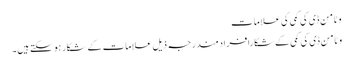
وٹامن ڈی کی کمی کی علامات
وٹامن ڈی کی کمی کے شکا رافرادمندرجہ ذیل علامات کے شکار ہو سکتے ہیں۔